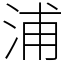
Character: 浦